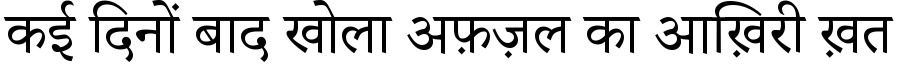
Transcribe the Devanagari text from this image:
कई दिनों बाद खोला अफ़ज़ल का आख़िरी ख़त